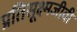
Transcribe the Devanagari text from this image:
प्रतिसूक्ष्मजीवी